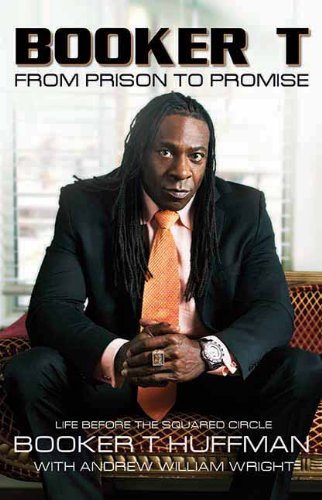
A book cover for Booker T: From Prison to Promise: Life Before the Squared Circle; Booker T Huffman; Sports & Outdoors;